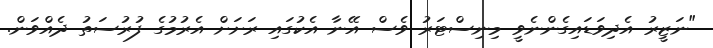
"ނަޒީރު އެދިވަޑައިގެންނެވީ މިނިސްޓަރު ވެސް އޭނާ އެކުގައި ރަށަށް އެރުމުގެ ފުރުސަތު ދެއްވަން.